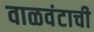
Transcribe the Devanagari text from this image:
वाळवंटाची